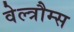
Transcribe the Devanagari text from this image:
वेल्त्रौम्स